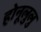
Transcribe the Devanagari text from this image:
होनूलुलु